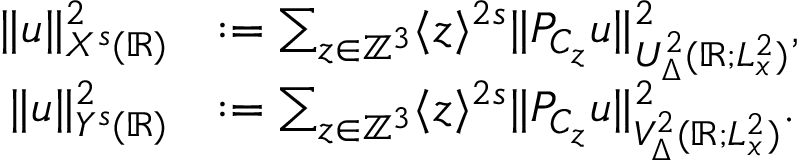
\begin{array} { r l } { \| u \| _ { X ^ { s } ( \mathbb { R } ) } ^ { 2 } } & { : = \sum _ { z \in \mathbb { Z } ^ { 3 } } \langle z \rangle ^ { 2 s } \| P _ { C _ { z } } u \| _ { U _ { \Delta } ^ { 2 } ( \mathbb { R } ; L _ { x } ^ { 2 } ) } ^ { 2 } , } \\ { \| u \| _ { Y ^ { s } ( \mathbb { R } ) } ^ { 2 } } & { : = \sum _ { z \in \mathbb { Z } ^ { 3 } } \langle z \rangle ^ { 2 s } \| P _ { C _ { z } } u \| _ { V _ { \Delta } ^ { 2 } ( \mathbb { R } ; L _ { x } ^ { 2 } ) } ^ { 2 } . } \end{array}